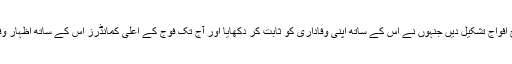
اس نے ایسی مسلح افواج تشکیل دیں جنہوں نے اس کے ساتھ اپنی وفاداری کو ثابت کر دکھایا اور آج تک فوج کے اعلی کمانڈرز اس کے ساتھ اظہار وفاداری کرتے ہیں۔